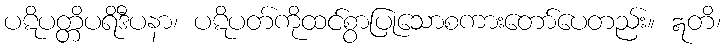
ပဋိပတ္တိပရိဒီပနာ၊ ပဋိပတ်ကိုထင်စွာပြုသောစကားတော်ပေတည်း။ ဣတိ၊